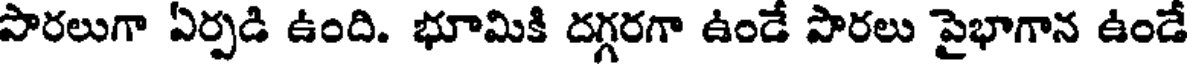
సారలుగా ఏర్పడి ఉంది. భూమికి దగ్గరగా ఉండే పొరలు పైభాగాన ఉండే